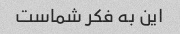
این به فکر شماست